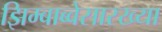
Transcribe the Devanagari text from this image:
झिम्बाब्वेसारख्या